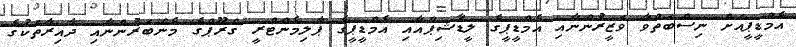
އެމްޑީޕީއަށް ނިސްބަތްވާ ވަޒީރުންނާއި އެމްޑީޕީގެ ލީޑާޝިޕްއާއި އެމްޑީޕީގެ ޕާލިމެންޓްރީ ގްރޫޕްގެ މެންބަރުންނާއި ދާއިރާތަކުގެ